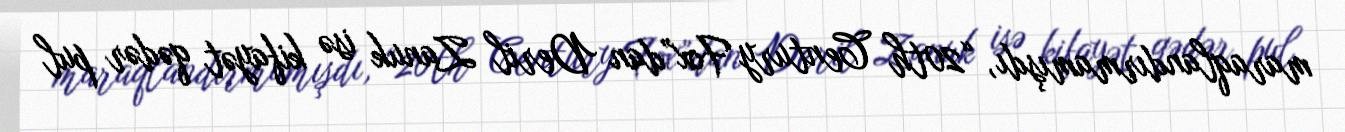
maraqlandırmamışdı, “20th Century Fox”dan Deril Zanuk isə kifayət qədər pul